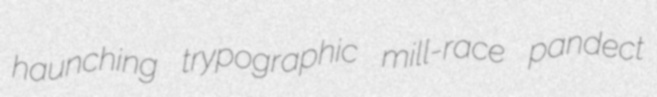
haunching trypographic mill-race pandect